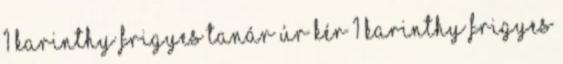
1 KARINTHY FRIGYES TANÁR ÚR KÉR 1 Karinthy Frigyes